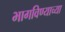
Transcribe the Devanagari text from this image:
भागविण्याच्या